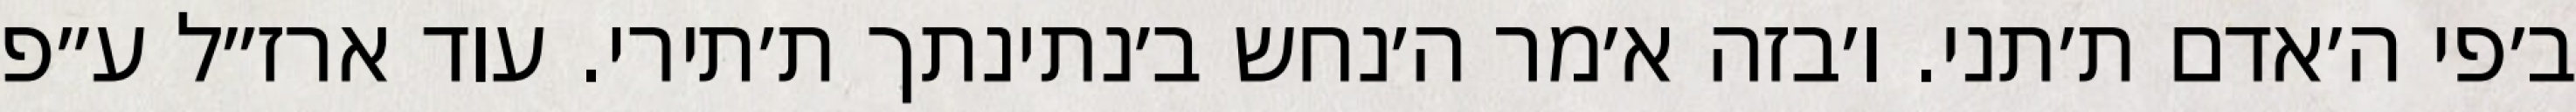
ב׳פי ה׳אדם ת׳תני. ו׳בזה א׳מר ה׳נחש ב׳נתינתך ת׳תירי. עוד ארז״ל ע״פ